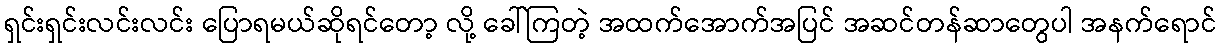
ရှင်းရှင်းလင်းလင်း ပြောရမယ်ဆိုရင်တော့ လို့ ခေါ်ကြတဲ့ အထက်အောက်အပြင် အဆင်တန်ဆာတွေပါ အနက်ရောင်